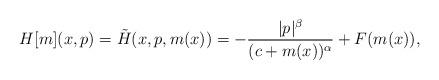
LaTeX: \begin{align*} H[m](x,p)= \tilde H(x, p, m(x))= -\frac { |p|^\beta}{ (c+ m(x) )^\alpha} + F(m(x)),\end{align*}